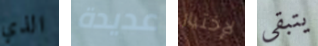
الذي عديدة لإختيار يتبقى